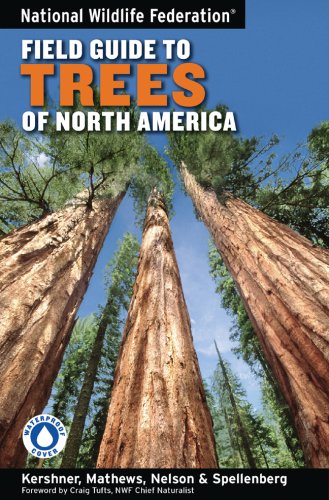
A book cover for National Wildlife Federation Field Guide to Trees of North America; Bruce Kershner; Science & Math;